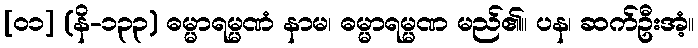
[၀၁] (နိ-၁၃၃) ဓမ္မာရမ္မဏံ နာမ၊ ဓမ္မာရမ္မဏ မည်၏။ ပန၊ ဆက်ဦးအံ့။